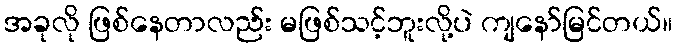
အခုလို ဖြစ်နေတာလည်း မဖြစ်သင့်ဘူးလို့ပဲ ကျနော်မြင်တယ်။